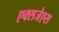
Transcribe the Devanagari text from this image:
एक्सजेएस